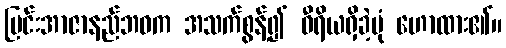
မြင်းအာဇာနည်ဘဝက အသက်စွန့်၍ ဝီရိယရှိခဲ့ပုံ ဟောထား၏။